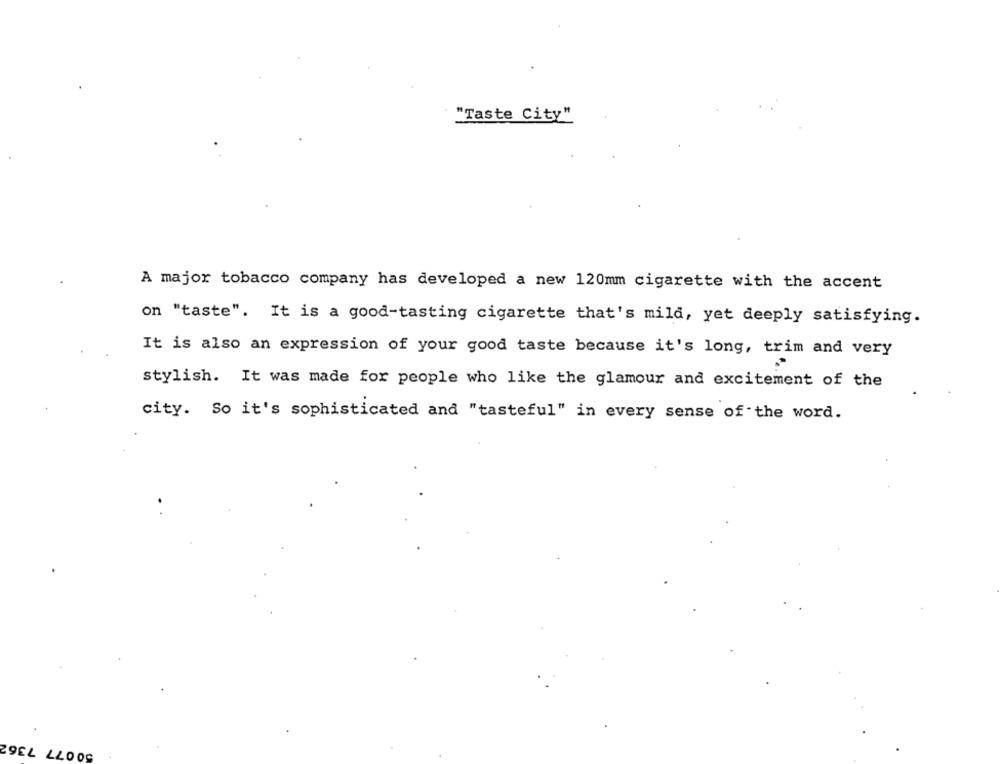
"Taste City"
A major tobacco company has developed a new 120mm cigarette with the accent
on "taste". It is a good-tasting cigarette that's mild, yet deeply satisfying.
It is also an expression of your good taste because it's long, trim and very
stylish. It was made for people who like the glamour and excitement of the
city. So it's sophisticated and "tasteful" in every sense of the word.
50 077 7362